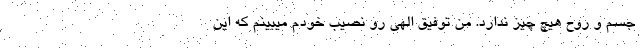
جسم و روح هیچ چیز ندارد. من توفیق الهی رو نصیب خودم میبینم که این